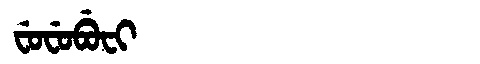
Manchu: ᠸᡠᠸᡠᠪᡠᠸᡳ
Romanization: FUFUBUFI